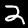
Digit: 2